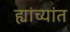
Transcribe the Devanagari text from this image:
ह्यांच्यांत